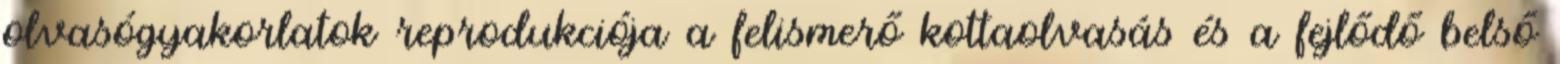
olvasógyakorlatok reprodukciója a felismerő kottaolvasás és a fejlődő belső